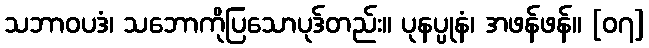
သဘာဝပဒံ၊ သဘောကိုပြသောပုဒ်တည်း။ ပုနပ္ပုနံ၊ အဖန်ဖန်။ [၀၇]